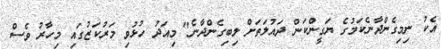
އެކު ނިމިގެންދާނެކަމުގެ ޔަގީންކަން ދައުލަތަަށް ލިބިގެންދާނެ" މިއަދު ހުޅުވި މަރުކަޒުގައި މިހާރު ވެސް